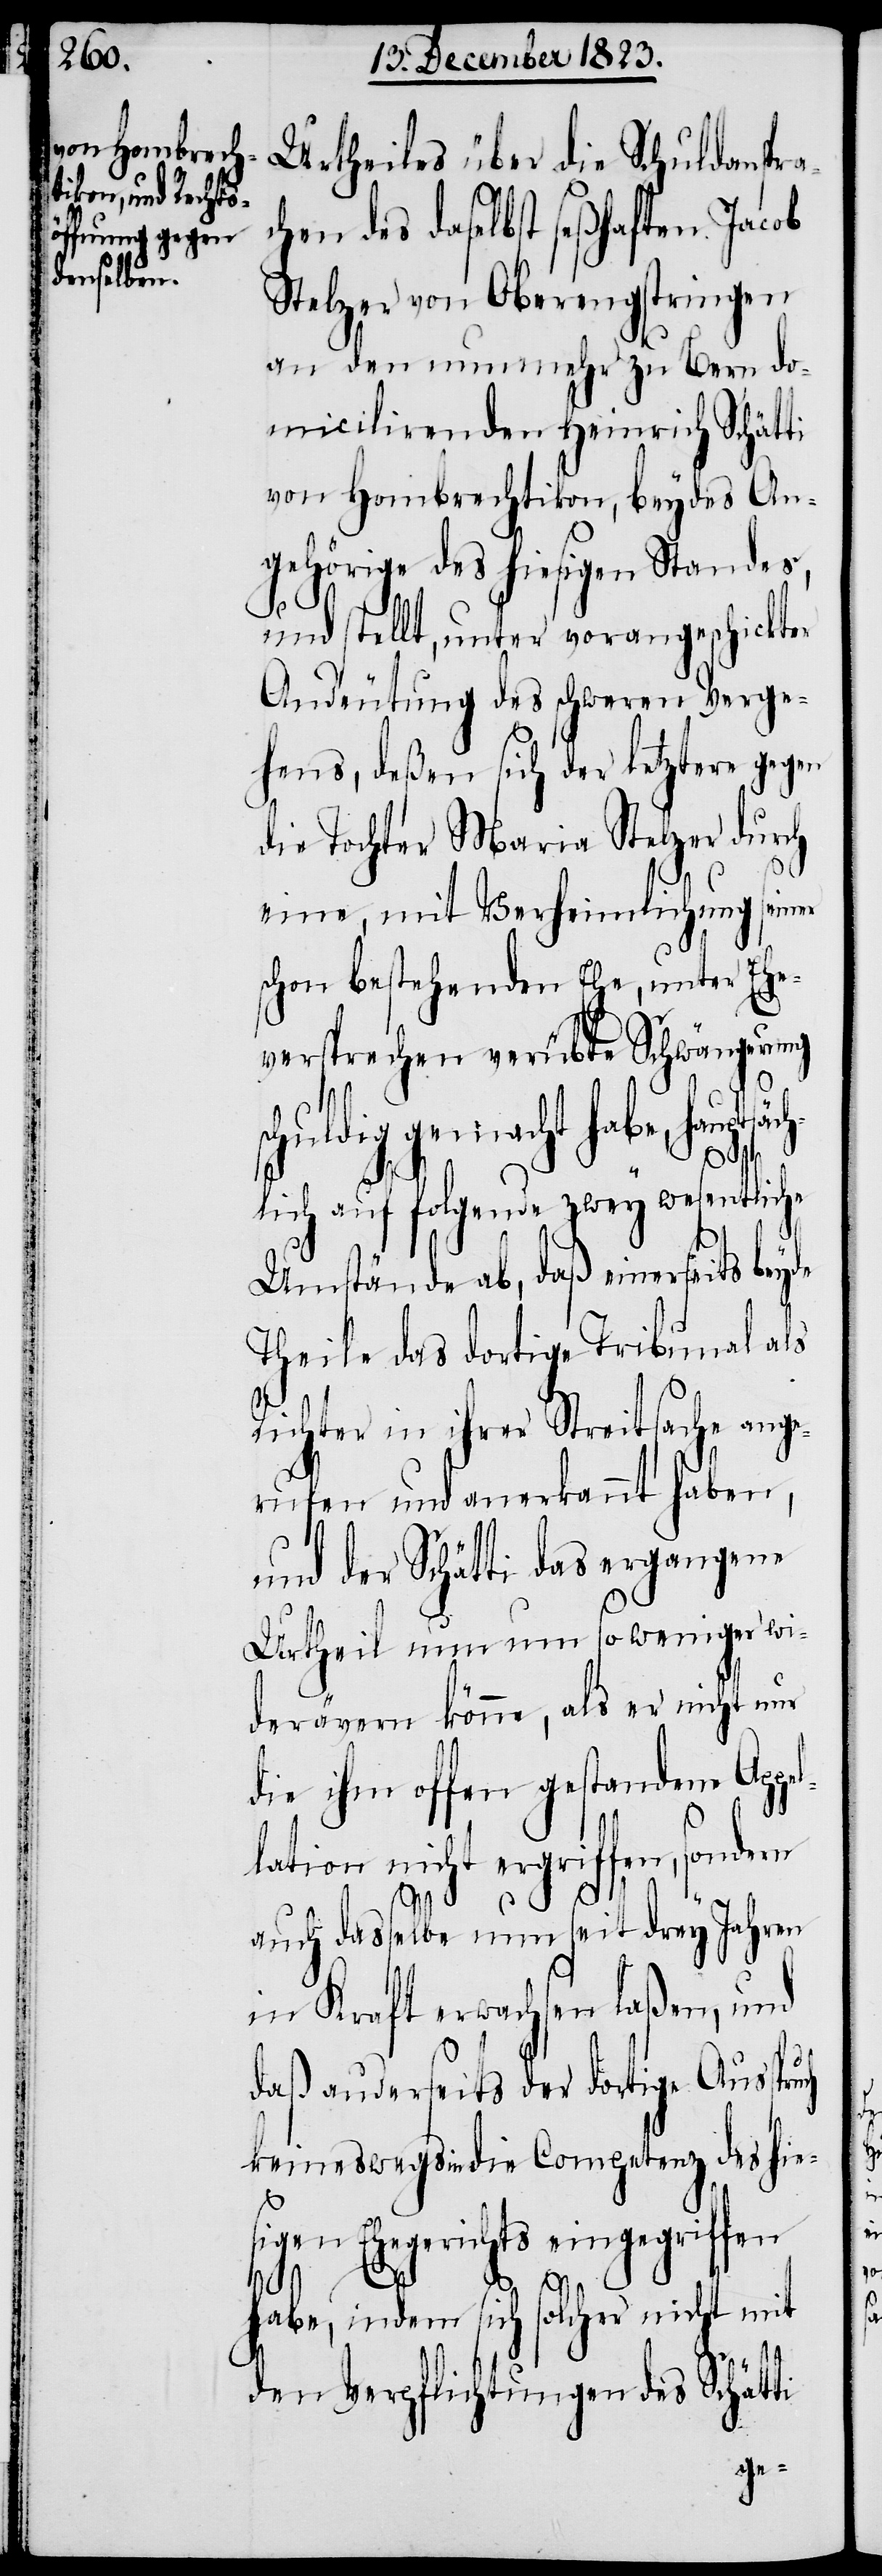
Urtheiles über die Schuldanspra¬
chen des daselbst seßhaften Jacob
Stelzer von Oberengstringen
an den nunmehr zu Bern do¬
micilirenden Heinrich Schätti
von Hombrechtikon, beydes An¬
gehörige des hiesigen Standes,
und stellte, unter vorangeschickter
Andeutung des schweren Verge¬
hens, deßen sich der letztere gegen
die Tochter Maria Stelzer durch
eine, mit Verheimlichung seiner
schon bestehenden Ehe, unter Ehe¬
versprechen verübte Schwängerung
l¬
huldig gemacht habe, haupts¬
äch¬
lich auf folgende zwey wesentliche
Umstände ab, daß einerseits beyde
Theile das dortige Tribunal als
Richter in ihrer Streitsache ang¬
erufen und anerkannt haben,
und der Schätti das ergangene
Urtheil nun um so weniger wi¬
derävern könne, als er nicht nur
die ihm offen gestandene Appe¬
lation nicht ergriffen, sondern
auch dasselbe nun seit drey Jahren
in Kraft erwachsen laßen, und
daß anderseits der dortige Ausspruch
keineswegs in die Competenz des hie¬
sigen Ehegerichts eingegriffen
habe, indem sich solcher nicht mit
den Verpflichtungen des Schätti